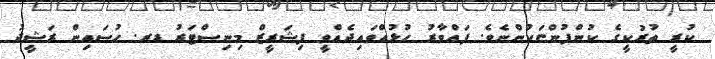
ކުރީ ތުރުކީގެ ކުންފުންޏަކުންނެވެ. ފައްވާރު ހުޅުއްވައިދެއްވީ ފިޝަރީޒް މިނިސްޓަރު ޑރ. ހުސައިން ރަޝީދު